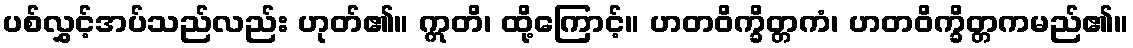
ပစ်လွှင့်အပ်သည်လည်း ဟုတ်၏။ ဣတိ၊ ထို့ကြောင့်။ ဟတဝိက္ခိတ္တကံ၊ ဟတဝိက္ခိတ္တကမည်၏။